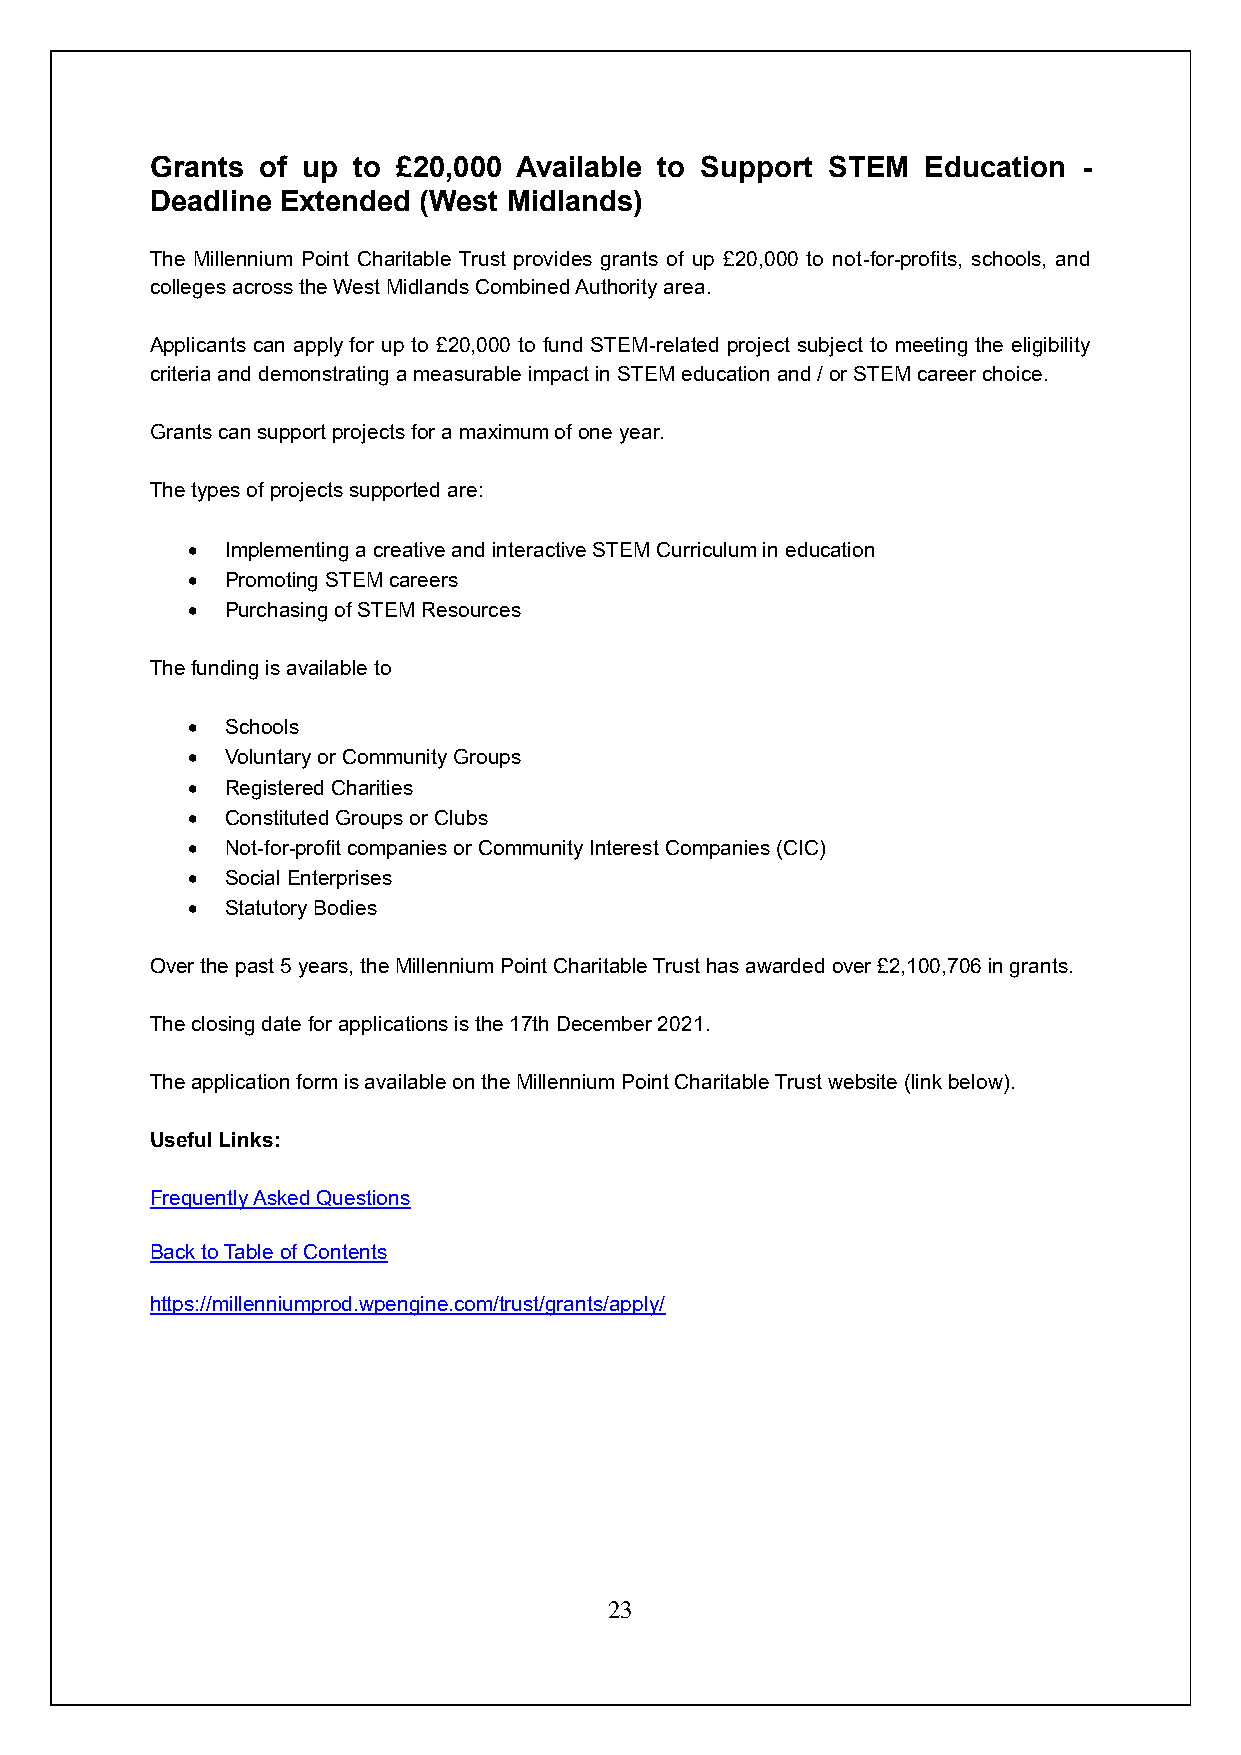
Grants of up to £20,000 Available to Support STEM  Education  -
 Deadline Extended (West Midlands)
 The Millennium Point Charitable Trust provides grants of up £20,000 to not-for-profits, schools, and
 colleges across the West Midlands Combined Authority area.
 Applicants can apply for up to £20,000 to fund STEM-related project subject to meeting the eligibility
 criteria and demonstrating a measurable impact in STEM education and / or STEM career choice.
 Grants can support projects for a maximum of one year.
 The types of projects supported are:
 •  Implementing a creative and interactive STEM Curriculum in education
 •  Promoting STEM careers
 •  Purchasing of STEM Resources
 The funding is available to
 •  Schools
 •  Voluntary or Community Groups
 •  Registered Charities
 •  Constituted Groups or Clubs
 •  Not-for-profit companies or Community Interest Companies (CIC)
 •  Social Enterprises
 •  Statutory Bodies
 Over the past 5 years, the Millennium Point Charitable Trust has awarded over £2,100,706 in grants.
 The closing date for applications is the 17th December 2021.
 The application form is available on the Millennium Point Charitable Trust website (link below).
 Useful Links:
 Frequently Asked Questions
 Back to Table of Contents
 https://millenniumprod.wpengine.com/trust/grants/apply/
 23